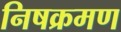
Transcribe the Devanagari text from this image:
निषक्रमण